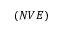
( N V E )